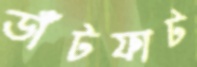
ডাঁটফাট